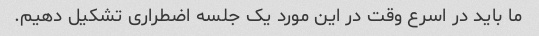
ما باید در اسرع وقت در این مورد یک جلسه اضطراری تشکیل دهیم.